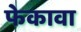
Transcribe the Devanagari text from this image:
फेकावा